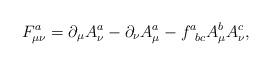
LaTeX: \begin{align*}F_{\mu \nu }^a=\partial _\mu A_\nu ^a-\partial _\nu A_\mu^a-f_{\;\;bc}^aA_\mu ^bA_\nu ^c,\end{align*}